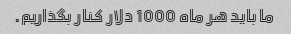
ما باید هر ماه 1000 دلار کنار بگذاریم.